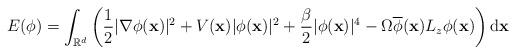
LaTeX: \begin{align*}E(\phi) = \int_{\mathbb{R}^d} \left( \frac12|\nabla\phi(\mathbf{x})|^2+V(\mathbf{x})|\phi(\mathbf{x})|^2+\frac{\beta}{2}|\phi(\mathbf{x})|^4 -\Omega\overline{\phi}(\mathbf{x})L_z\phi(\mathbf{x})\right) \mathrm{d}\mathbf{x} \end{align*}